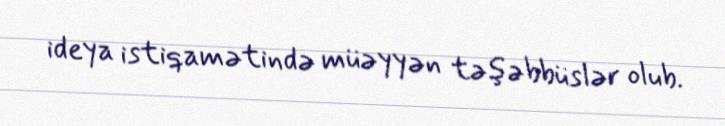
ideya istiqamətində müəyyən təşəbbüslər olub.